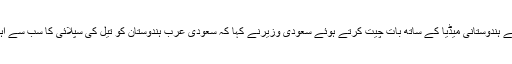
یہاں جاری تین روزہ فیوچر انویسٹمنٹ انیشی ایٹیو (ایف آئی آئی) کانفرنس کے کل اختتام سے پہلے ہندوستانی میڈیا کے ساتھ بات چیت کرتے ہوئے سعودی وزیرنے کہا کہ سعودی عرب ہندوستان کو تیل کی سپلائی کا سب سے اہم ملک ہے اورکونسل کے قیام کے بعد دونوں ملک مختلف شعبوں میں مزید تعاون کرسکیں گے۔